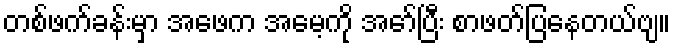
တစ်ဖက်ခန်းမှာ အဖေက အမေ့ကို အော်ပြီး စာဖတ်ပြနေတယ်ဗျ။